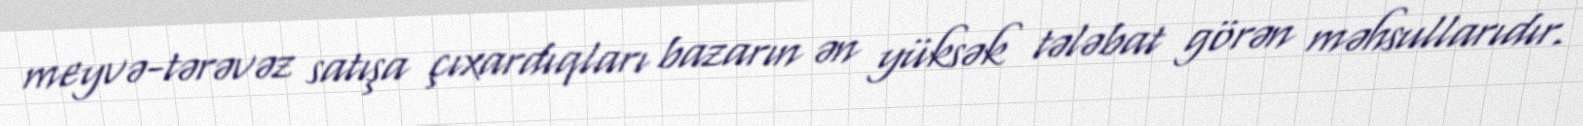
meyvə-tərəvəz satışa çıxardıqları bazarın ən yüksək tələbat görən məhsullarıdır.